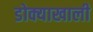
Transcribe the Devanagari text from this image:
डोक्याखाली